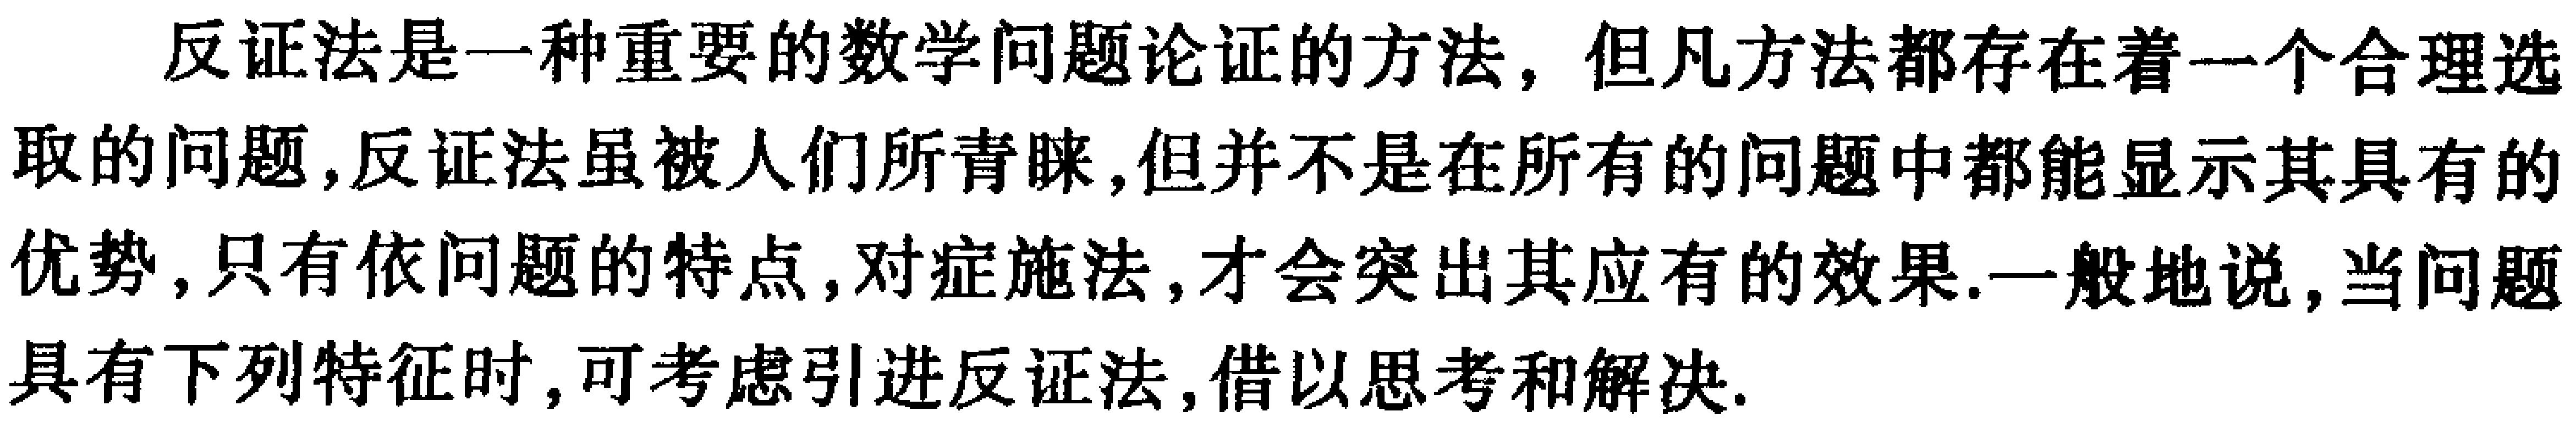
反证法是一种重要的数学问题论证的方法，但凡方法都存在着一个合理选取的问题,反证法虽被人们所青睐,但并不是在所有的问题中都能显示其具有的优势,只有依问题的特点,对症施法,才会突出其应有的效果.一般地说,当问题具有下列特征时,可考虑引进反证法,借以思考和解决.